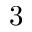
3